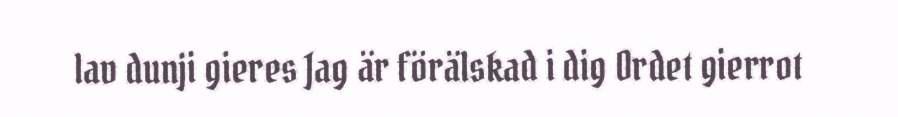
lav dunji gieres Jag är förälskad i dig Ordet gierrot